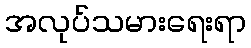
အလုပ်သမားရေးရာ